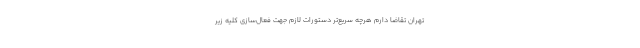
تهران تقاضا دارم هرچه سریع‌تر دستورات لازم جهت فعال‌سازی کلیه زیر